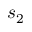
s _ { 2 }